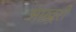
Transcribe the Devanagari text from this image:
आख़्ररी